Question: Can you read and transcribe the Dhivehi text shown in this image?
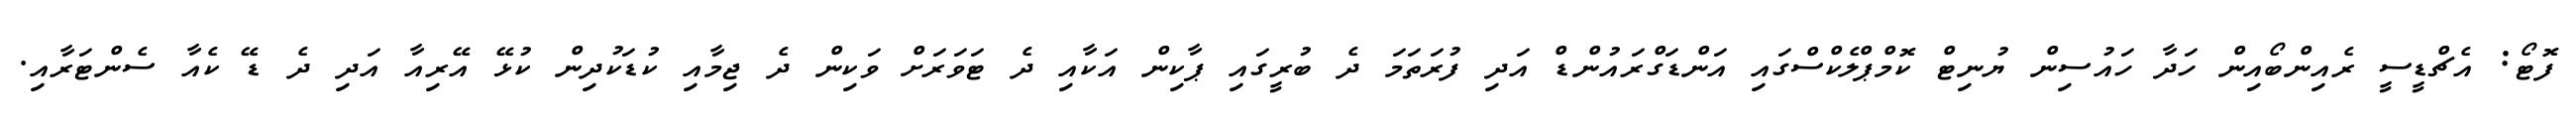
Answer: ފޮޓޯ: އެޗްޑީސީ ރެއިންބޯއިން ހަދާ ހައުސިން ޔުނިޓް ކޮމްޕްލެކްސްގައި އަންޑަގްރައުންޑް އަދި ފުރަތަމަ ދެ ބުރީގައި ޕާކިން އަކާއި ދެ ޓަވަރަށް ވަކިން ދެ ޖިމާއި ކުޑަކުދިން ކުޅޭ އޭރިއާ އަދި ދެ ޑޭ ކެއާ ސެންޓަރާއި.